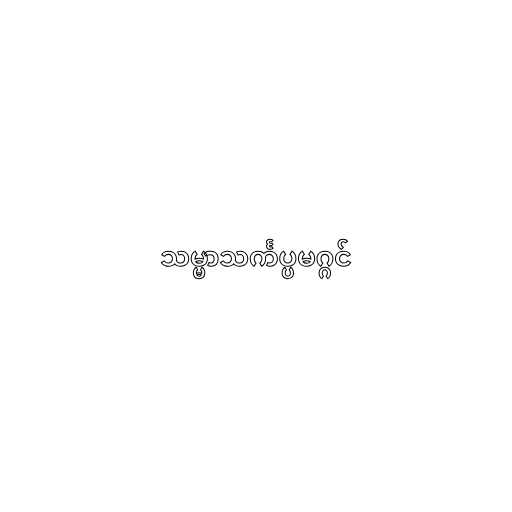
သမ္မာသင်္ကပ္ပမဂ္ဂင်